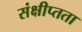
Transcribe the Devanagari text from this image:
संक्षीप्तता